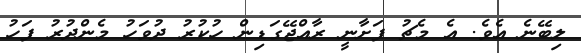
ލިބޭނެ އެވެ. އެ މެޗު ފަށާނީ ރާއްޖޭގަޑިން ހުކުރު ދުވަހު މެންދުރު ފަހު